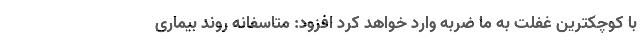
با کوچکترین غفلت به ما ضربه وارد خواهد کرد افزود: متاسفانه روند بیماری